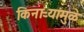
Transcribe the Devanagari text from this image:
किनाऱ्यांमुळे